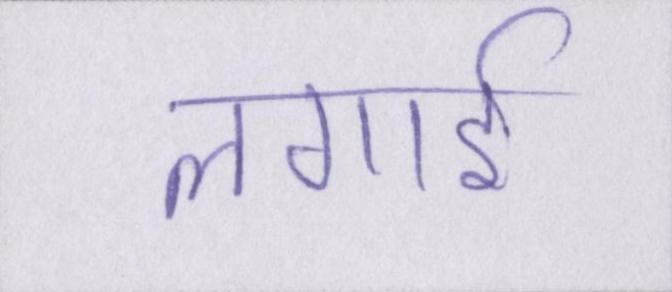
लगाई